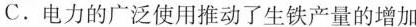
C.电力的广泛使用推动了生铁产量的增加